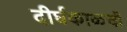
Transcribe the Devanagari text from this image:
दीर्घकाळची